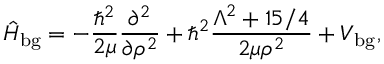
\hat { H } _ { \mathrm { b g } } = - \frac { \hbar ^ { 2 } } { 2 \mu } \frac { \partial ^ { 2 } } { \partial \rho ^ { 2 } } + \hbar ^ { 2 } \frac { \Lambda ^ { 2 } + 1 5 / 4 } { 2 \mu \rho ^ { 2 } } + V _ { \mathrm { b g } } ,